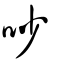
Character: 吵